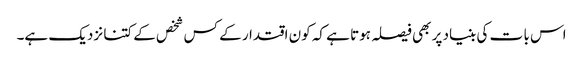
اس با ت کی بنیاد پر بھی فیصلہ ہوتا ہے کہ کون اقتدار کے کس شخص کے کتنا نزدیک ہے۔